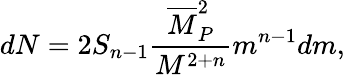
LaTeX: dN=2S_{n-1}\frac{\overline{{{M}}}_{P}^{2}}{M^{2+n}}m^{n-1}dm,